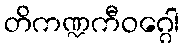
တိကဏ္ဍကီဝဂ္ဂေါ